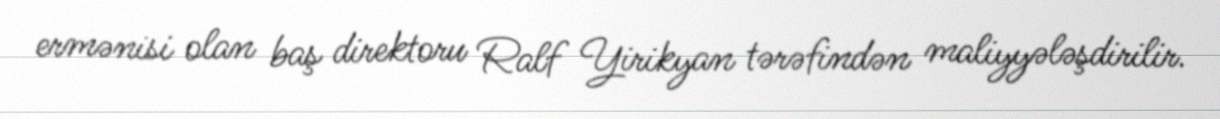
ermənisi olan baş direktoru Ralf Yirikyan tərəfindən maliyyələşdirilir.